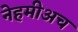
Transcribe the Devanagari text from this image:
नेहमीअच